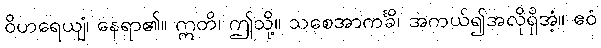
ဝိဟရေယျံ၊ နေရာ၏။ ဣတိ၊ ဤသို့။ သစေအာကင်္ခိ၊ အကယ်၍အလိုရှိအံ့။ ဧဝံ